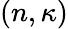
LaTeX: (n,\kappa)